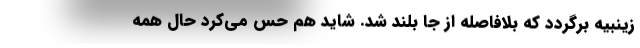
زینبیه برگردد که بلافاصله از جا بلند شد. شاید هم حس می‌کرد حال همه